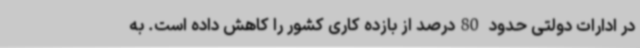
در ادارات دولتی حدود 80درصد از بازده کاری کشور را کاهش داده است. به